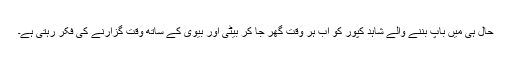
حال ہی میں باپ بننے والے شاہد کپور کو اب ہر وقت گھر جا کر بیٹی اور بیوی کے ساتھ وقت گزارنے کی فکر رہتی ہے۔